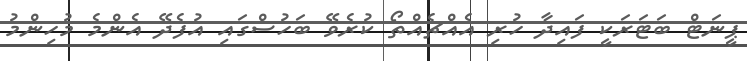
ޕީނަޓް ބަޓަރަކީ ފައިދާ ހުރި އެއްޗެއްތޯ ކުރެވޭ ބަހުސްގައި އުފެދޭ އެންމެ މުހިންމު